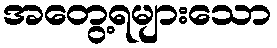
အတွေ့ရများသော